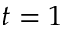
t = 1